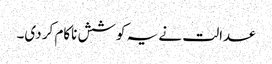
عدالت نے یہ کوشش ناکام کر دی۔